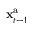
{ \bf x } _ { t - 1 } ^ { \mathrm { a } }